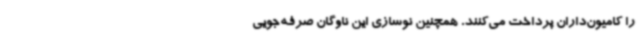
را کامیون‌داران پرداخت می‌کنند. همچنین نوسازی این ناوگان صرفه‌جویی